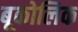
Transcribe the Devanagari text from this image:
बूकोलिक